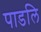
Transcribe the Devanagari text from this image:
पाडलि